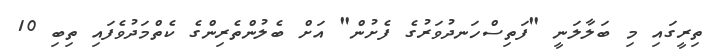
ތިރީގައި މި ބަލާލަނީ "ފަތިސްހަނދުވަރުގެ ފެށުން" އަށް ބެލުންތެރިންގެ ކެތްމަދުވެފައި ތިބި 10